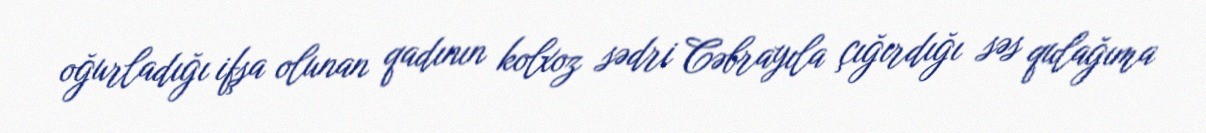
oğurladığı ifşa olunan qadının kolxoz sədri Cəbrayıla çığırdığı səs qulağıma